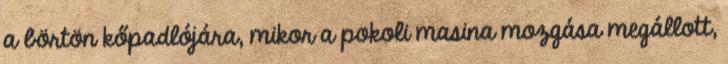
a börtön kőpadlójára, mikor a pokoli masina mozgása megállott,